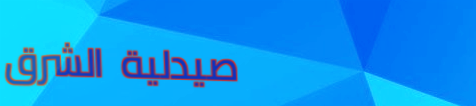
صيدلية الشرق